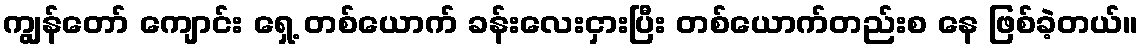
ကျွန်တော် ကျောင်း ရှေ့ တစ်ယောက် ခန်းလေးငှားပြီး တစ်ယောက်တည်းစ နေ ဖြစ်ခဲ့တယ်။